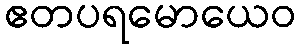
ဧတပရမောယေဝ